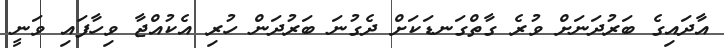
އާދައިގެ ބަރުދަނަށް ވުރެ ގާތްގަނޑަކަށް ދެގުނަ ބަރުދަން ހުރި އެކުއްޖާ ވިހާފައި ވަނީ